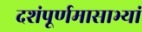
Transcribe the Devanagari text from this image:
दशंपूर्णमासाभ्यां